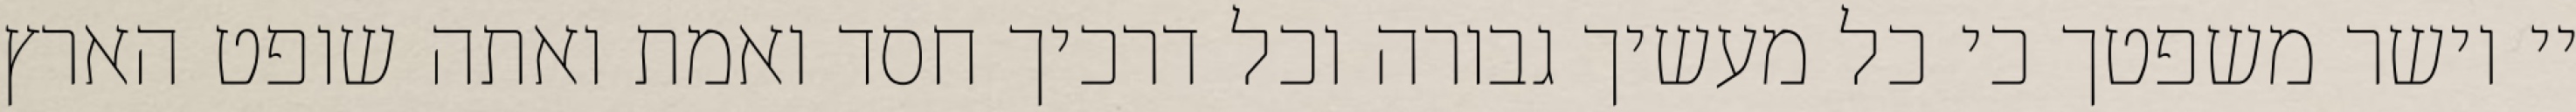
יי וישר משפטך כי כל מעשיך גבורה וכל דרכיך חסד ואמת ואתה שופט הארץ